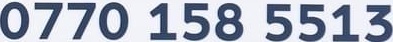
0770 158 5513